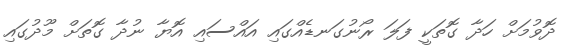
ދޮވުމަށް ހަދާ ގޮތަކީ ފަލަ ރޯނުގަނޑެއްގައި އައްސައި އޮޔާ ނުދާ ގޮތަށް މޫދުގައި